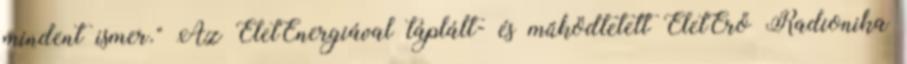
mindent ismer." Az ÉletEnergiával táplált- és működtetett ÉletErő Radionika